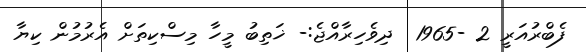
ފެބްރުއަރީ 2 -1965  ދިވެހިރާއްޖެ:- ޚަތިބު މީހާ މިސްކިތަށް އެރުމުން ކިޔާ